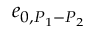
e _ { 0 , { P _ { 1 } } - { P _ { 2 } } }